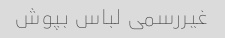
غیررسمی لباس بپوش